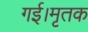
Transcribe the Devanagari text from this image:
गई।मृतक